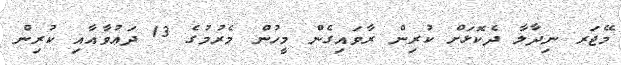
މޭޖަރ ނިދާލާ ދެކޮޅަށް ކުރިން ރާވައިގެން މީހުން މެރުމުގެ 13 ދަޢުވާއާއި ކުރިން